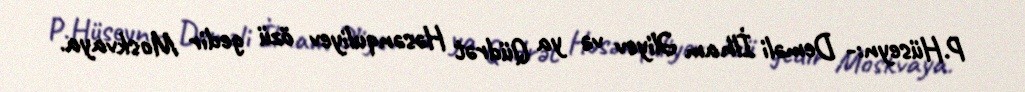
P.Hüseyn:- Deməli İlham Əliyev və ya Qüdrət Həsənquliyev özü gedir Moskvaya.